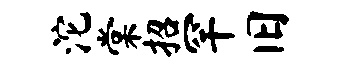
沱棠招罕旧